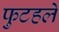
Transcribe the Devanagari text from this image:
फुटहले